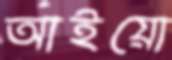
আইয়ো